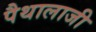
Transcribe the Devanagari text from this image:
पैथालाजी